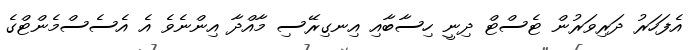
އެފަހަރު ދަރިވަރުން ޓެސްޓް ދިނީ ހިސާބާއި އިނގިރޭސި މާއްދާ އިންނެވެ އެ އެސެސްމެންޓްގެ